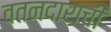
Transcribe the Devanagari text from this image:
वतनदाराची